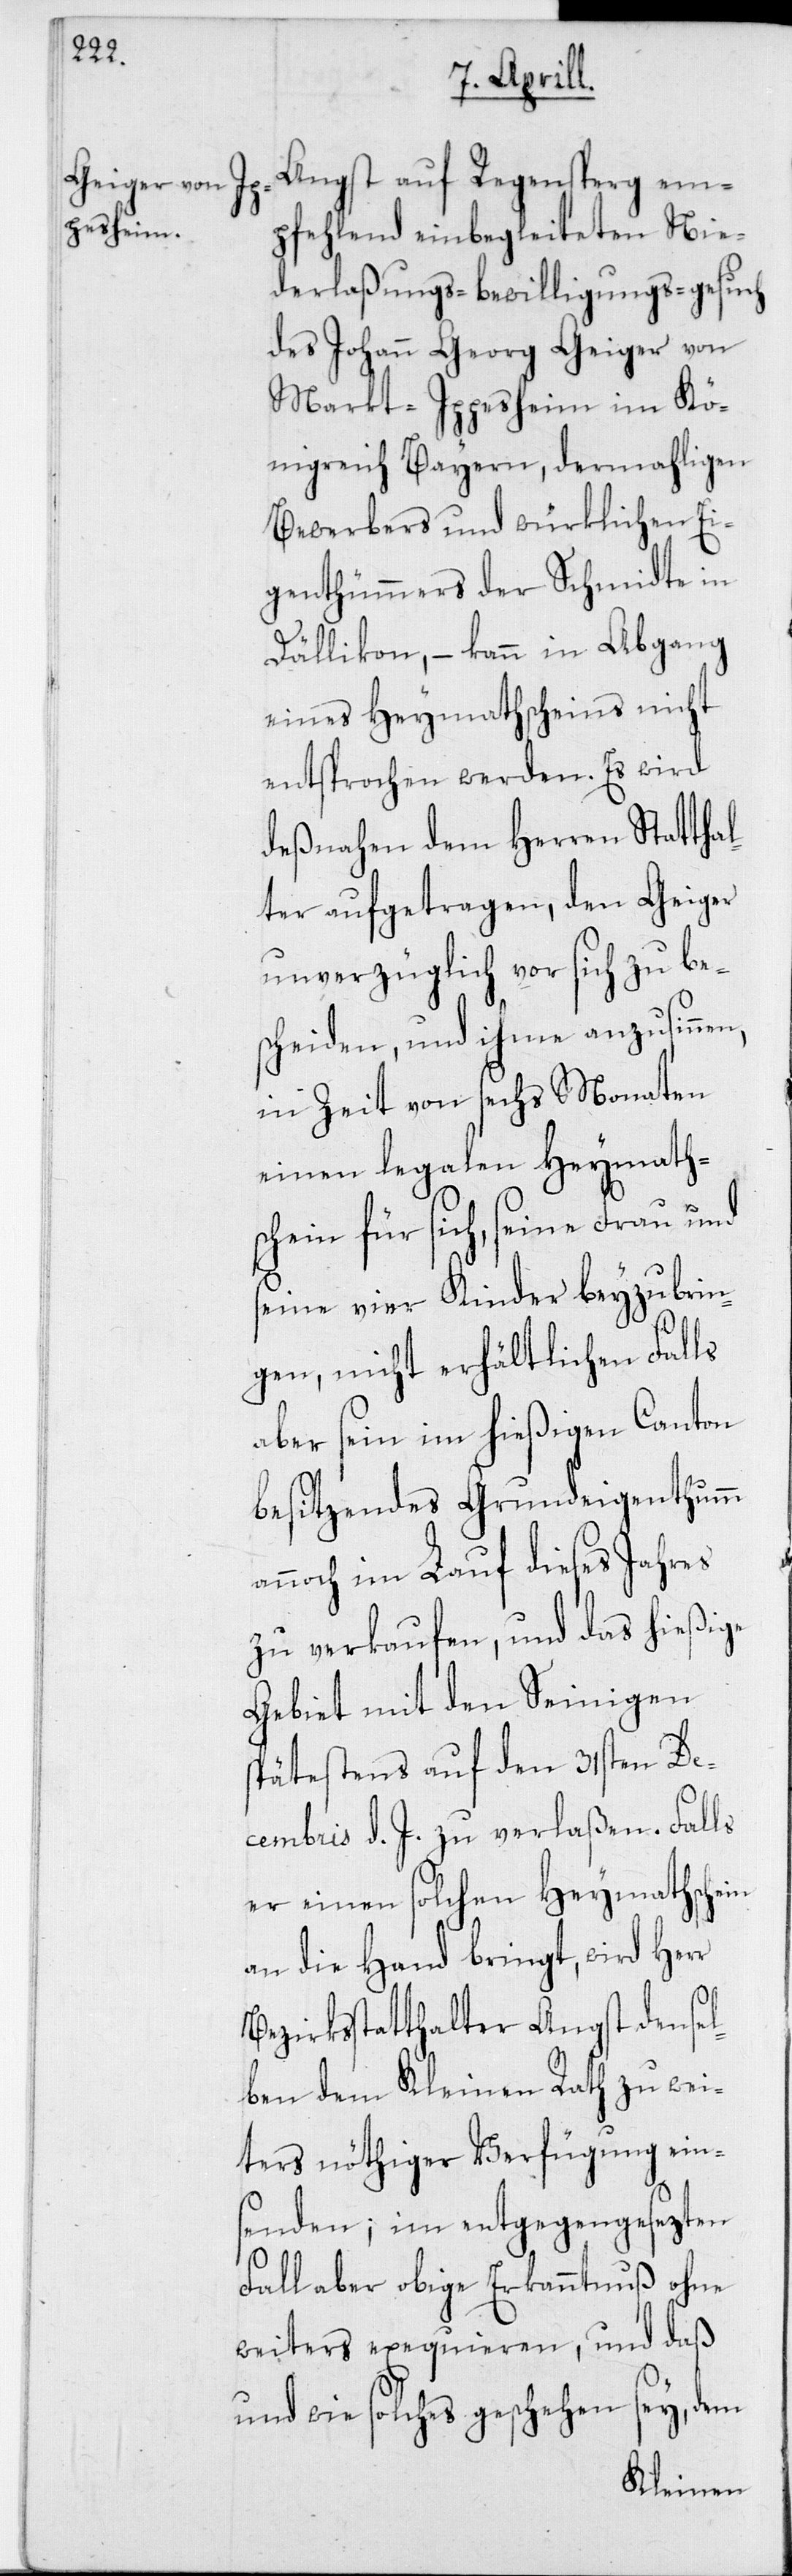
Angst auf Regensperg em¬
pfehlend einbegleiteten Nie¬
derlaßungsbewilligungsgesuch
des Johann Georg Geiger von
Markt-Ippesheim im Kö¬
nigreich Bayern, dermahligen
Bewerbers und würklichen Ei¬
genthümmers der Schmidte in
Dällikon, – kann in Abgang
eines Heymathscheins nicht
entsprochen werden. Es wird
deßnahen dem Herren Statthal¬
ter aufgetragen, den Geiger
unverzüglich vor sich zu be¬
scheiden, und ihme anzusinnen,
in Zeit von sechs Monaten
einen legalen Heymath¬
schein für sich, seine Frau und
seine vier Kinder beyzubrin¬
gen, nicht erhältlichen Falls
aber sein im hießigen Canton
besitzenes Grundeigenthumm
annoch im Lauf dieses Jahres
zu verkaufen, und das hießige
Gebiet mit den Seinigen
spätestens auf den 31sten De¬
cembris d. J. zu verlaßen. Falls
er einen solchen Heymathschein
an die Hand bringt, wird Herr
Bezirksstatthalter Angst dense¬
lben dem Kleinen Rath zu wei¬
ters nöthiger Verfügung ein¬
senden; im entgegengesezen
Fall aber obige Erkanntnuß ohne
weiters exequieren, und daß
und wie solches geschehen sey, dem